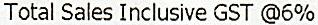
TOTAL SALES INCLUSIVE GST @6%